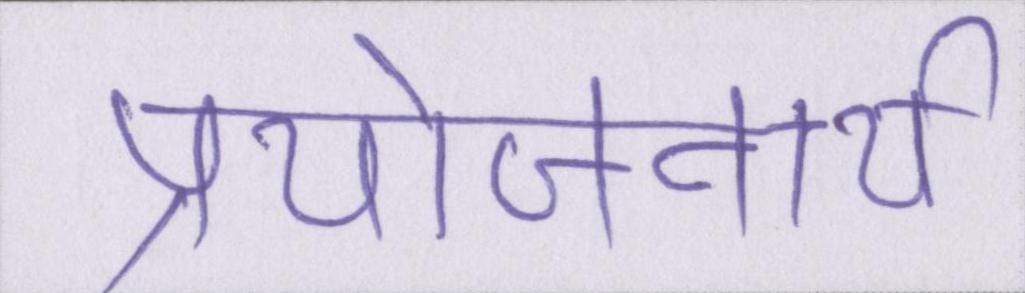
प्रयोजनार्थ